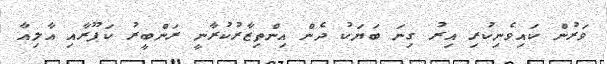
ވަރުން ކައިވެނިކުރި އިރު ގިނަ ބަޔަކު ދެން އިންތިޒާރުކުރާނީ ރަންބީރު ކަޕޫރާއި އާލިއާ